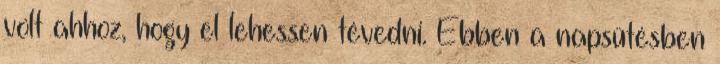
volt ahhoz, hogy el lehessen tévedni. Ebben a napsütésben